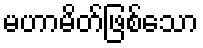
မဟာမိတ်ဖြစ်သော